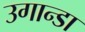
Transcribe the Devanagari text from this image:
उगान्डा